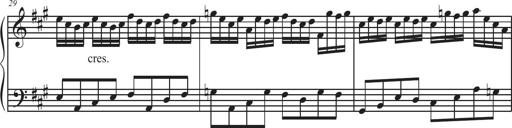
Title: Sonatina Espania
Composer: Jerald Franklin Archer
Key: Various